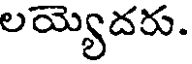
లయ్యెదరు.